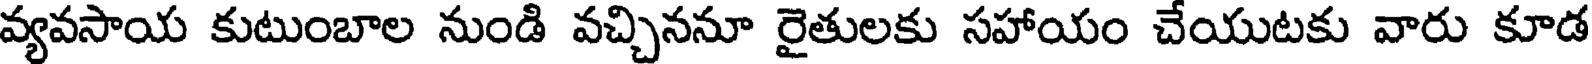
వ్యవసాయ కుటుంబాల నుండి వచ్చిననూ రైతులకు సహాయం చేయుటకు వారు కూడ